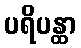
ပရိပန္ထာ